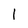
Character: 1